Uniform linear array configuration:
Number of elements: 64
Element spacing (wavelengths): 1
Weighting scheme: cosine
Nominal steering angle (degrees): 45
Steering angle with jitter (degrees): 46.022
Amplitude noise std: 0.05
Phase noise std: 0.05

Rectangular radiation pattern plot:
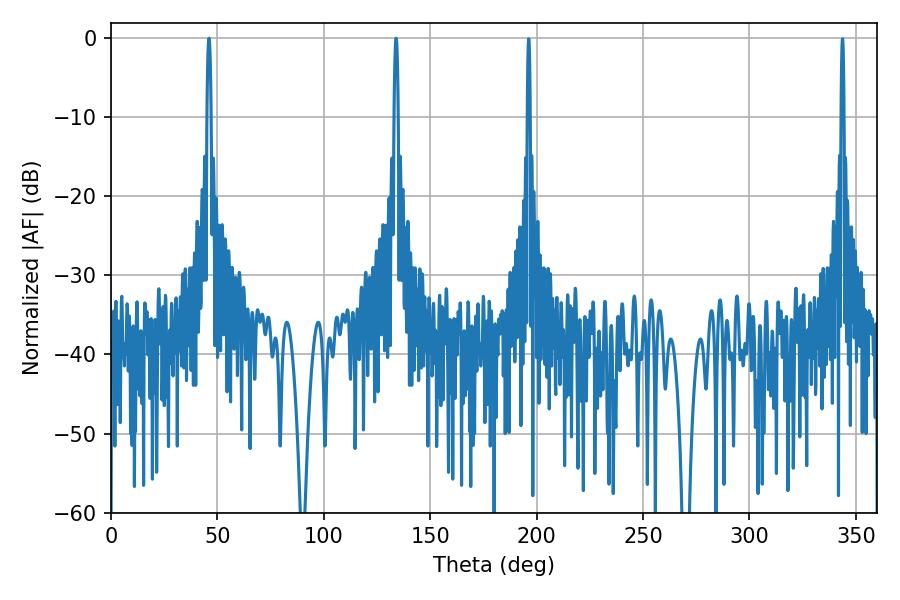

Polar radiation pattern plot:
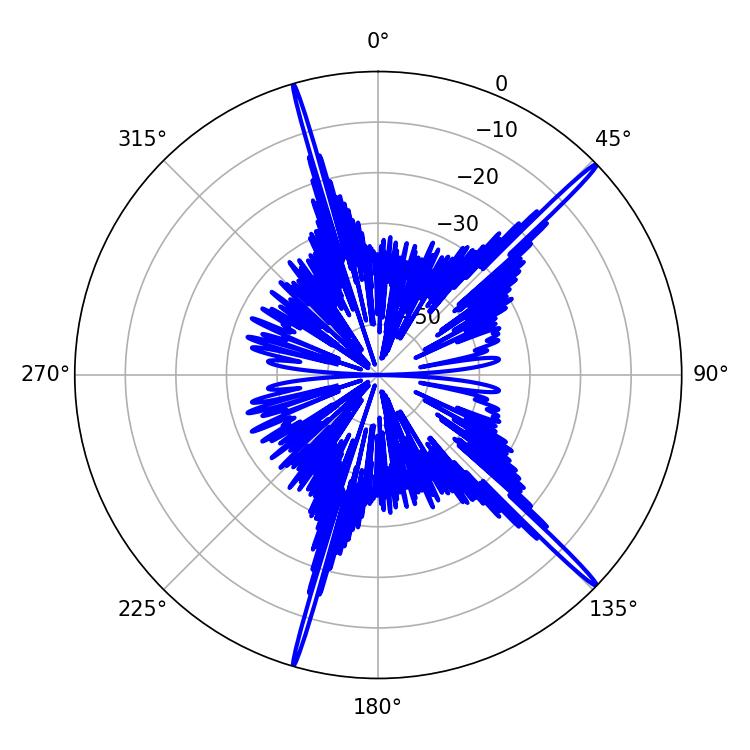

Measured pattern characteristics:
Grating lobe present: TRUE
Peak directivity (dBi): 19.308
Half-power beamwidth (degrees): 1.08
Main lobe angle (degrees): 133.92